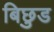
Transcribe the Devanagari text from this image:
बिछुड